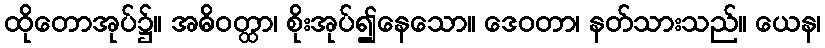
ထိုတောအုပ်၌။ အဓိဝတ္ထာ၊ စိုးအုပ်၍နေသော။ ဒေဝတာ၊ နတ်သားသည်။ ယေန၊